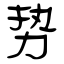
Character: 势